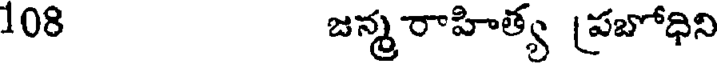
108 జన్మ రాహిత్య [పబోధిని